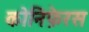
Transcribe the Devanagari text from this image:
कोनिफ़ेरस